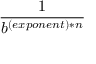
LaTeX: \frac { 1 } { b ^ { ( e x p o n e n t ) * n } }